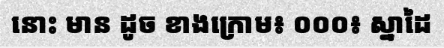
នោះ មាន ដូច ខាងក្រោម៖ ០០០៖ ស្នាដៃ